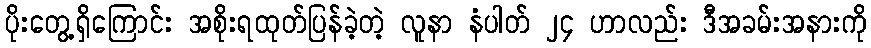
ပိုးတွေ့ရှိကြောင်း အစိုးရထုတ်ပြန်ခဲ့တဲ့ လူနာ နံပါတ် ၂၄ ဟာလည်း ဒီအခမ်းအနားကို